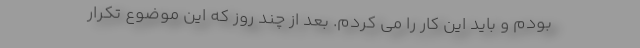
بودم و باید این کار را می کردم. بعد از چند روز که این موضوع تکرار